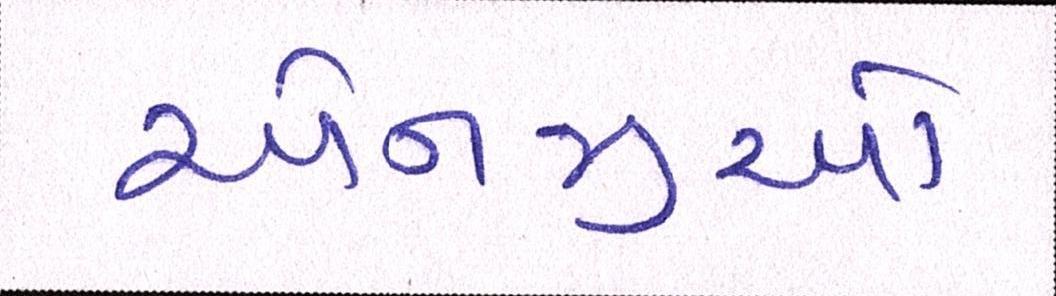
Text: એનજીઓ